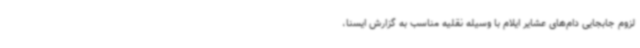
لزوم جابجایی دام‌های عشایر ایلام با وسیله نقلیه مناسب به گزارش ایسنا،